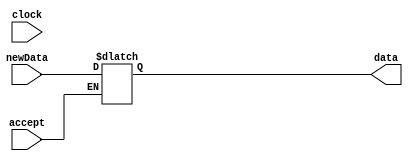
module acIn ( //Main ALU input accumulator
    newData,
    accept,
    data,
    clock
);
    input[15:0] newData;
    input accept, clock;
    output reg[15:0] data;

always @(*) begin
    if (accept == 1'b1) begin
        data <= newData;
    end
end
endmodule